Vaccination in Bombay 1863-1868 - 1863-1868
Year: 1863
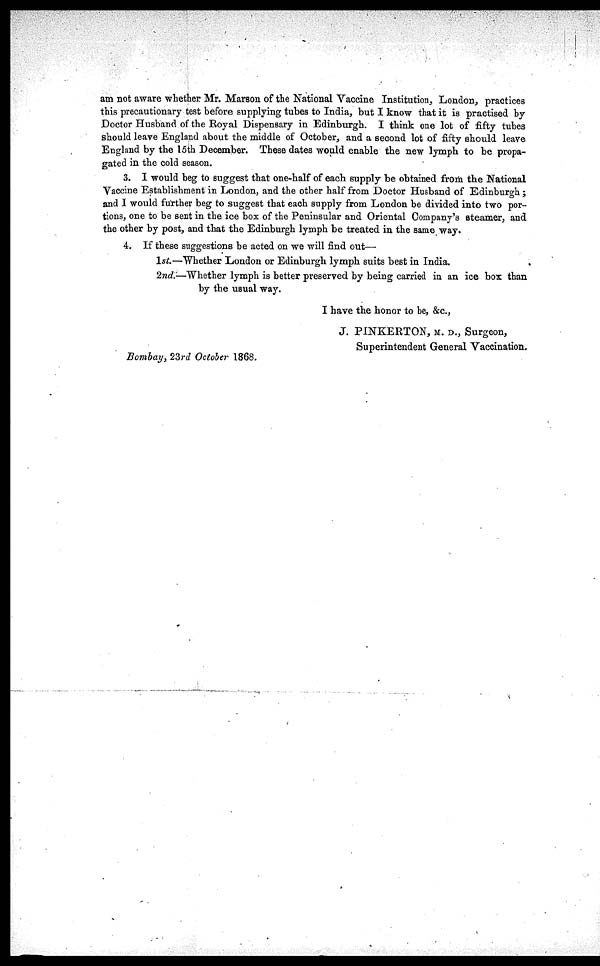
am not aware whether Mr. Marson of the National Vaccine Institution, London, practices
this precautionary test before supplying tubes to India, but I know that it is practised by
Doctor Husband of the Royal Dispensary in Edinburgh. I think one lot of fifty tubes
should leave England about the middle of October, and a second lot of fifty should leave
England by the 15th December. These dates would enable the new lymph to be propa-
gated in the cold season.
3. I would beg to suggest that one-half of each supply be obtained from the National
Vaccine Establishment in London, and the other half from Doctor Husband of Edinburgh ;
and I would further beg to suggest that each supply from London be divided into two por-
tions, one to be sent in the ice box of the Peninsular and Oriental Company's steamer, and
the other by post, and that the Edinburgh lymph be treated in the same way.
4. If these suggestions be acted on we will find out—
1st.—Whether London or Edinburgh lymph suits best in India.
2nd.—Whether lymph is better preserved by being carried in an ice box than
by the usual way.
I have the honor to be, &c.,
J. PINKERTON, M. D., Surgeon,
Superintendent General Vaccination.
Bombay, 23rd October 1868.